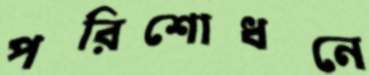
পরিশোধনে